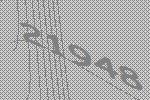
21948